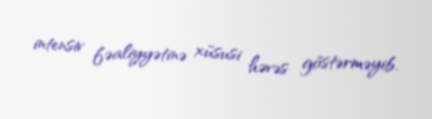
intensiv fəaliyyətinə xüsusi həvəs göstərməyib.